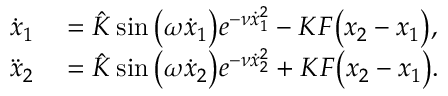
\begin{array} { r l } { \dot { x } _ { 1 } } & { { } = \hat { K } \sin \big ( \omega \dot { x } _ { 1 } \big ) e ^ { - \nu \dot { x } _ { 1 } ^ { 2 } } - K F \big ( { x } _ { 2 } - { x } _ { 1 } \big ) , } \\ { \ddot { x } _ { 2 } } & { { } = \hat { K } \sin \big ( \omega \dot { x } _ { 2 } \big ) e ^ { - \nu \dot { x } _ { 2 } ^ { 2 } } + K F \big ( { x } _ { 2 } - { x } _ { 1 } \big ) . } \end{array}